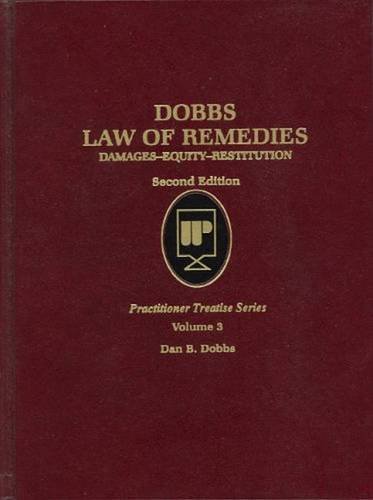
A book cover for Law of Remedies V3 (Practitioner Treatise Series); Dan B. Dobbs; Law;